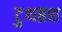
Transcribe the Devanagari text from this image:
टुथब्रश